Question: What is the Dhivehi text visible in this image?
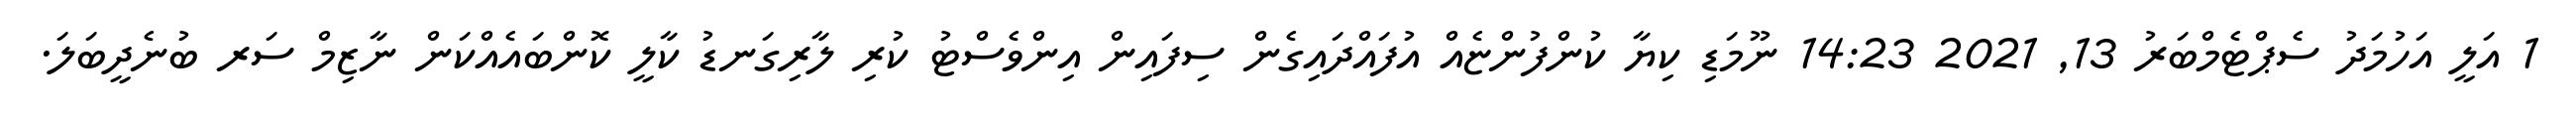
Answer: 1 އަލީ އަހުމަދު ސެޕްޓެމްބަރު 13, 2021 14:23 ނޫމަޑި ކިޔާ ކުންފުންޏެއް އުފައްދައިގެން ސިފައިން އިންވެސްޓު ކުރި ލާރިގަނޑު ކާލީ ކޮންބައެއްކަން ނާޒިމް ސަރ ބުނެދީބަލަ.